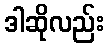
ဒါဆိုလည်း